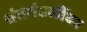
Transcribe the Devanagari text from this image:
संतमंडळींवर